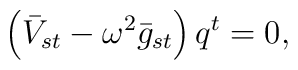
\left( \bar{V}_{st} - \omega^2 \bar{g}_{st} \right) q^t = 0 ,